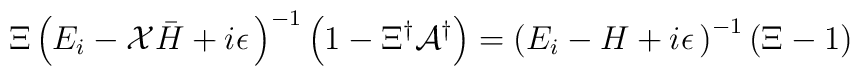
\Xi\left(E_i - {\cal X}{\bar H}+i\epsilon\,\right)^{-1}\left(1-\Xi^{\dagger}{\cal A}^{\dagger}\right)=\left(E_i - H+i\epsilon\,\right)^{-1}\left(\Xi-1\right)